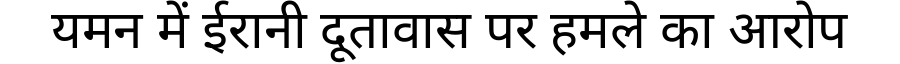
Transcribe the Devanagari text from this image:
यमन में ईरानी दूतावास पर हमले का आरोप